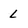
Character: L